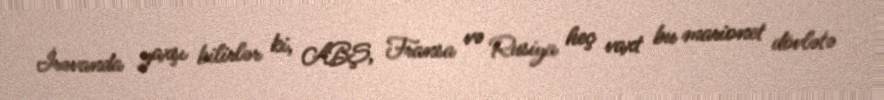
İrəvanda yaxşı bilirlər ki, ABŞ, Fransa və Rusiya heç vaxt bu marionet dövlətə